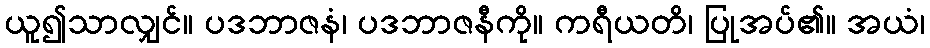
ယူ၍သာလျှင်။ ပဒဘာဇနံ၊ ပဒဘာဇနီကို။ ကရီယတိ၊ ပြုအပ်၏။ အယံ၊